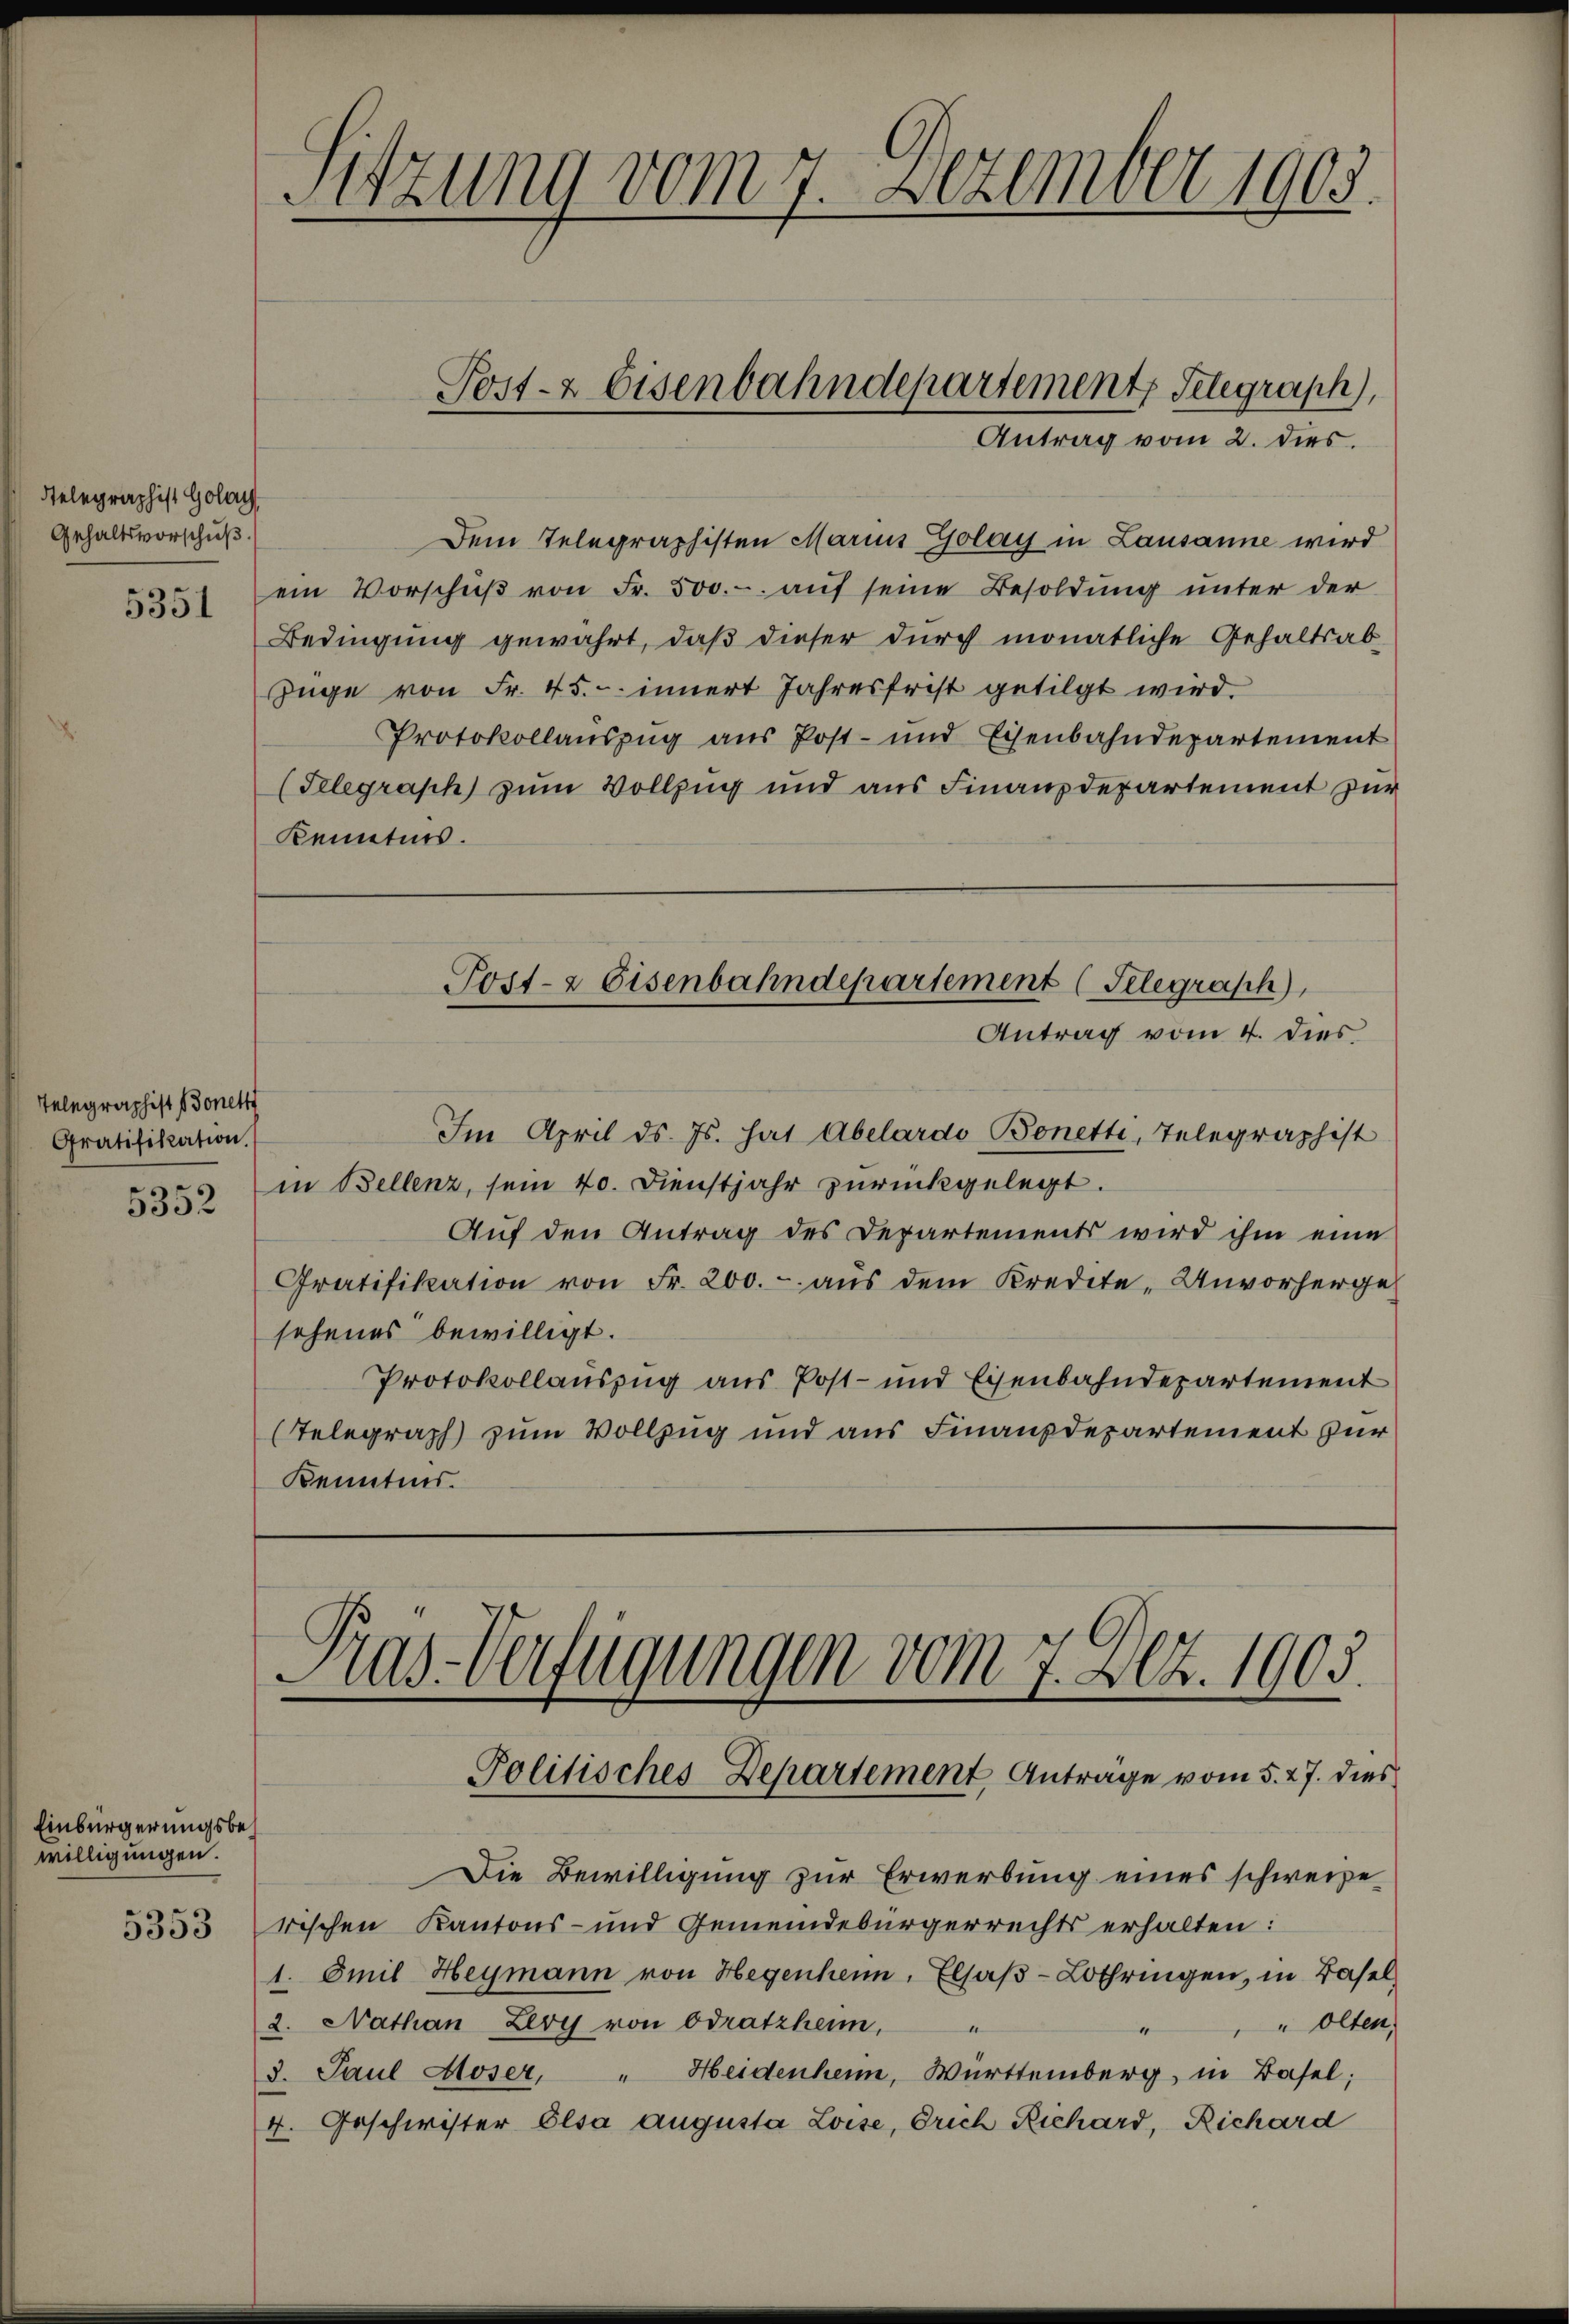
Relegraphist Golay
Gehaltsvorschuß.
5351

Telegraphist Bonett
Gratifikation.
5352

Einbürgerungsbewilligungen.
5353

Sitzung vom 7. Dezember 1903.
¬

Dem Telegraphisten Marius Golay in Lausanne wird
ein Vorschŭβ von Fr. 500.- aŭf seine Besoldung unter der
Bedingŭng gewahrt, daβ dieser dŭrch monatliche Gehaltsab-
Züge von Fr. 45. innert Jahresfrist getilgt wird.
Protokollauszug aus Post- und Eisenbahndepartement
(Telegraph zum Vollzug und aus Finanzdepartement zur
Kenntnis.
Post- & Eisenbahndepartement (Telegraph
Antrag vom 4. dies
Im April ds. Js. hat Abelardo Bonetti, Telegraphist
in Bellenz, sein 40. Dienstjahr zurückgelegt.
Auf den Antrag des Departements wird ihm eine
Cratifikation von Fr. 200.- aŭs dem Kredite - Unvorherge
sehenes bewilligt.
Protokollauszug aus Post- und Eisenbahndepartement
(Telegraph zum Vollzug und aus Finanzdepartement zur
Kenntnis.

Post- & Eisenbahndepartement Telegraph,

Antrag vom 2. dies.

Kas-Verfügungen vom 7. Art. 1903.
Politisches Departement Anträge vom 5. 27. dies

Die Bewilligung zur Erwerbung eines schweize
rischen Kantons- und Gemeindebürgerrechts erhalten:
1. Emil Heymann von Hegenheim, Elsaβ-Lothringen, in Basel,
2. Nathan Zery von Odratzheim,
Olten,
“
3. Paul Moser, " Heidenheim, Württemberg, in Basel;
4. Geschwister Elsa augusta Loise, rich Richard, Richard